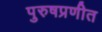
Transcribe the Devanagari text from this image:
पुरुषप्रणीत